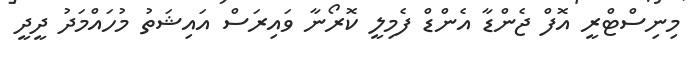
މިނިސްޓްރީ އޮފް ޖެންޑާ އެންޑް ފެމިލީ ކޮރޯނާ ވައިރަސް އައިޝަތު މުހައްމަދު ދީދީ